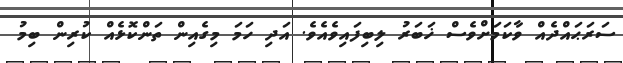
ސަރަޙައްދެއް ވާކަމަށްވެސް ޚަބަރު ލިބިފައިވެއެވެ. އަދި ހަމަ މިގެއިން ތަންކޮޅެއް ކުރިން ބިމު